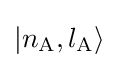
|n_{\mathrm {A} },l_{\mathrm {A} }\rangle